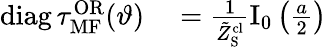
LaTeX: \begin{array}{rl}{\mathrm{diag}\, \tau_{\mathrm{MF}}^{\mathrm{OR}}(\vartheta)}&{{}=\frac{1}{\tilde{Z}_{\mathrm{S}}^{\mathrm{cl}}}\mathrm{I}_{0}\left(\frac{a}{2}\right)}\end{array}